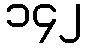
၁၄၂